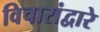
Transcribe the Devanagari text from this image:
विचारांद्वारे